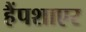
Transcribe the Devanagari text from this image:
हैंपशाएर